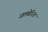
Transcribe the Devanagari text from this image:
जलप्रेरित